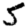
Digit: 5